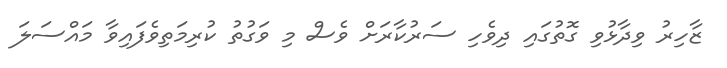
ޒާހިރު ވިދާޅުވި ގޮތުގައި ދިވެހި ސަރުކާރަށް ވެސް މި ވަގުތު ކުރިމަތިވެފައިވާ މައްސަލަ